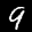
Label: 9